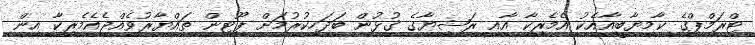
ޓްރަމްޕްގެ ކާމިޔާބީއާއެކު އެމެރިކާ އާއި ރަޝިޔާގެ ގުޅުން ބަދަހިކުރުމަށް ޕޫޓިން ތައްޔާރުވެއްޖެއެމެރިކާ އިން